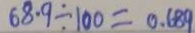
6 8 . 9 \div 1 0 0 = 0 . 6 8 9